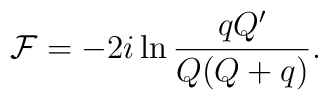
{\cal F} = - 2i \ln\frac{q Q'}{Q(Q + q)}.